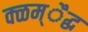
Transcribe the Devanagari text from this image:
क्ळम्ैद्ध